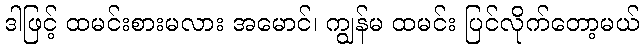
ဒါဖြင့် ထမင်းစားမလား အမောင်၊ ကျွန်မ ထမင်း ပြင်လိုက်တော့မယ်